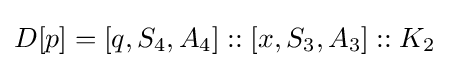
D[p]=[q,S_{4},A_{4}]::[x,S_{3},A_{3}]::K_{2}